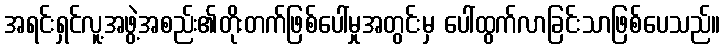
အရင်းရှင်လူ့အဖွဲ့အစည်း၏တိုးတက်ဖြစ်ပေါ်မှုအတွင်းမှ ပေါ်ထွက်လာခြင်းသာဖြစ်ပေသည်။